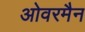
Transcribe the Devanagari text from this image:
ओवरमैन